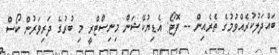
ބައްދަލުކުރެއްވުމުގެ ތެރެއިން -- ފޮޓޯ: އެޑިޔުކޭޝަން މިނިސްޓްރީ މި ބުރުގެ ދަރިވަރުން ކޯސް